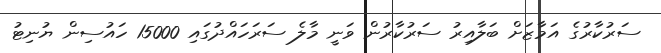
ސަރުކާރުގެ އަމާޒަށް ބަލާއިރު ސަރުކާރުން ވަނީ މާލެ ސަރަހައްދުގައި 15000 ހައުސިން ޔުނިޓު